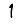
Digit: 1